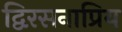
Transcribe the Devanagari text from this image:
द्विरसनाप्रिय